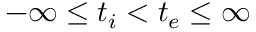
- \infty \leq t _ { i } < t _ { e } \leq \infty